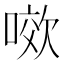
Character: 𭉯